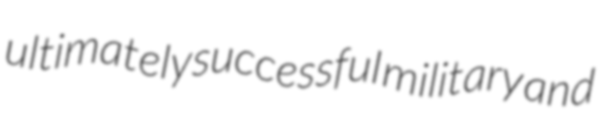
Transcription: ultimately successful military and